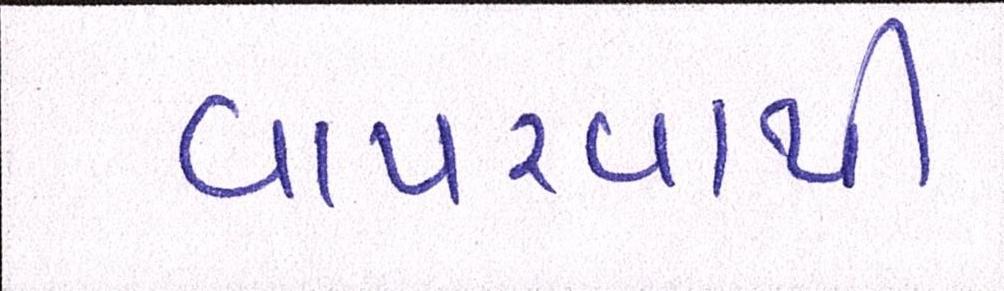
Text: વાપરવાથી